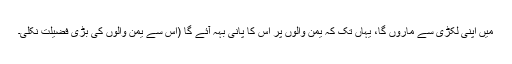
میں اپنی لکڑی سے ماروں گا، یہاں تک کہ یمن والوں پر اس کا پانی بہہ آئے گا (اس سے یمن والوں کی بڑی فضیلت نکلی۔